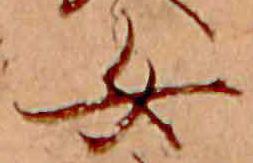
女